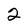
Character: 2